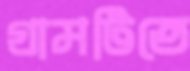
গ্রামটিতে